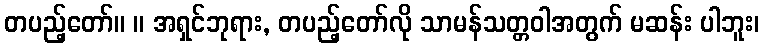
တပည့်တော်။ ။ အရှင်ဘုရား, တပည့်တော်လို သာမန်သတ္တဝါအတွက် မဆန်း ပါဘူး၊